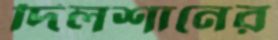
দিলশানের